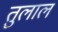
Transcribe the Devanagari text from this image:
तुलाल